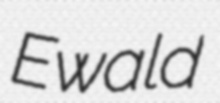
Ewald